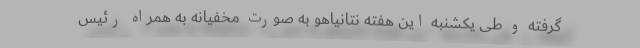
گرفته و طی یکشنبه این هفته نتانیاهو به صورت مخفیانه به همراه رئیس